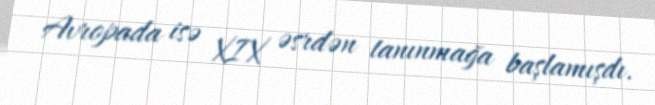
Avropada isə XIX əsrdən tanınmağa başlamışdı.